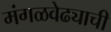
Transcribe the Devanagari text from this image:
मंगळवेढ्याची